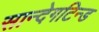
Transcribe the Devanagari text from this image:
सान्देगटिन्ड